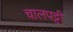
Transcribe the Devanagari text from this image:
चालपट्टी